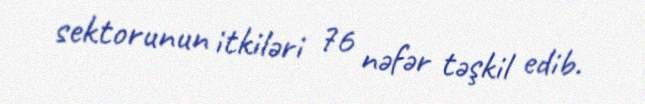
sektorunun itkiləri 76 nəfər təşkil edib.